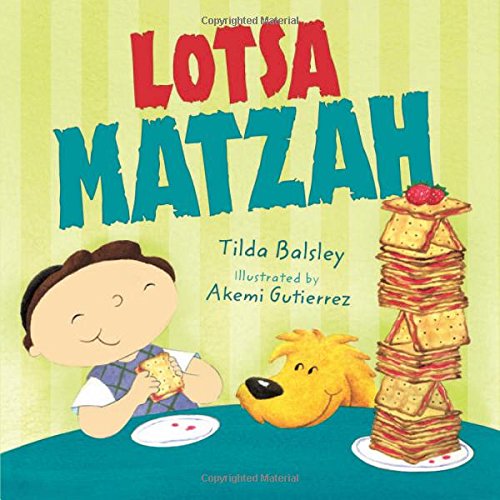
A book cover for Lotsa Matzah (Passover) (Very First Board Books); Tilda Balsley; Religion & Spirituality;